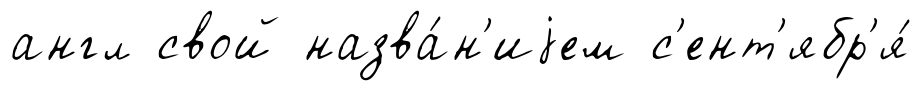
англ свой назва́н'иjем с'ент'ябр'я́